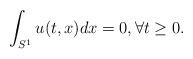
LaTeX: \begin{align*} \int_{S^1}{u(t,x) dx}=0,\forall t \geq 0.\end{align*}